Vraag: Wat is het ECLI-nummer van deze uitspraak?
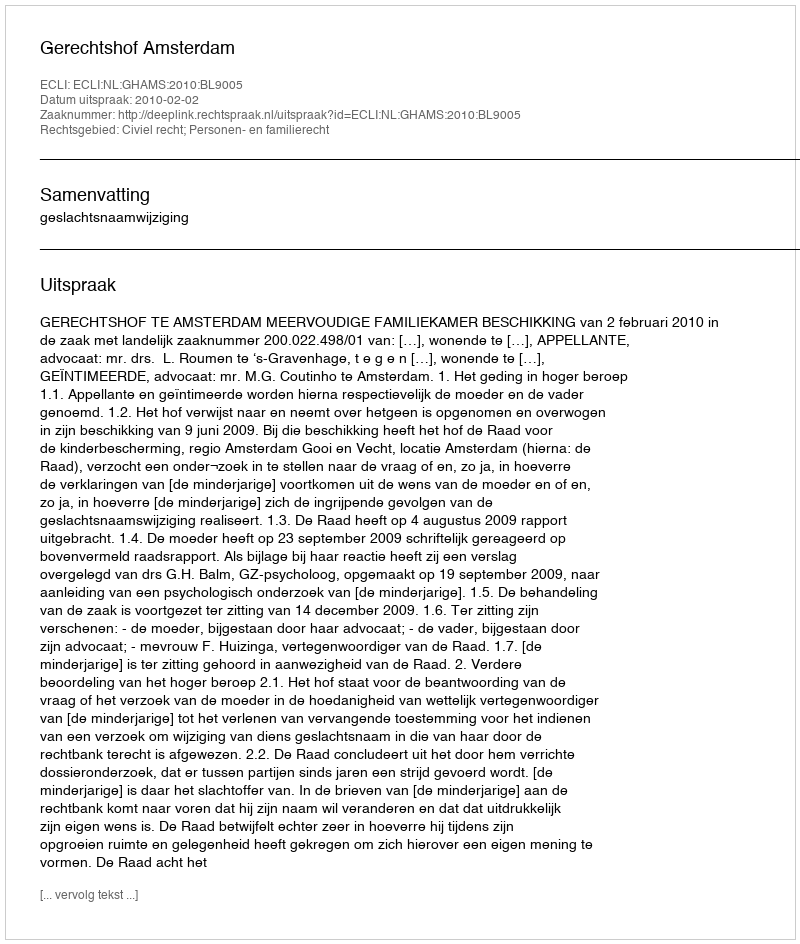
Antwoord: ECLI:NL:GHAMS:2010:BL9005